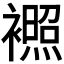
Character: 𬡰